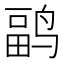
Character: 𱊏